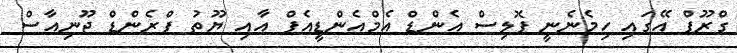
ގްރޫޕް އޭގައި ހިމެނެނީ ޕޮލިސް އެންޑް އެމްއެންޑީއެފް އާއި ޔޫތު ފްރެންޑް ޖޫނިއާސް